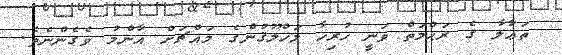
ތަޢާލާ ގެ ރަޙްމަތް ވަނީ ހުރިހާ މަޚްލޫޤުންގެ މައްޗަށް އާންމު ވެގެންނެވެ.